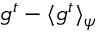
g ^ { t } - \langle g ^ { t } \rangle _ { \psi }